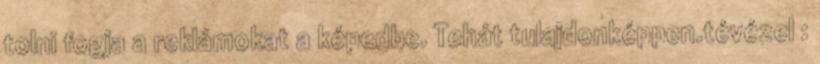
tolni fogja a reklámokat a képedbe. Tehát tulajdonképpen.tévézel :